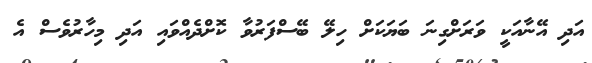
އަދި އޭނާއަކީ ވަރަށްގިނަ ބަޔަކަށް ހިލޭ ބޭސްފަރުވާ ކޮށްދެއްވައި އަދި މިހާރުވެސް އެ